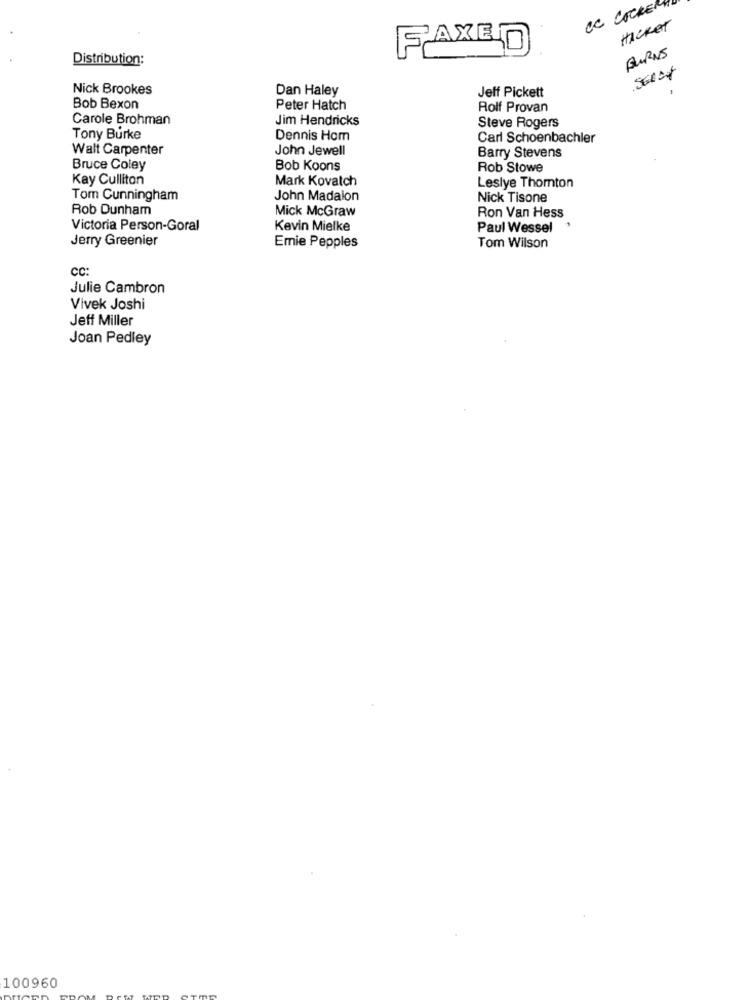
CC COCKER!
HACKET
FAXED
BURNS
Distribution:
Nick Brookes
Dan Haley
Jeff Pickett
Bob Bexon
Peter Hatch
Rolf Provan
Carole Brohman
Jim Hendricks
Steve Rogers
Tony Burke
Dennis Hom
Carl Schoenbachler
Walt Carpenter
John Jewell
Barry Stevens
Bruce Coley
Bob Koons
Rob Stowe
Kay Culliton
Mark Kovatch
Leslye Thomton
Tom Cunningham
John Madalon
Nick Tisone
Rob Dunham
Mick McGraw
Ron Van Hess
Victoria Person-Goral
Kevin Mielke
Paul Wessel
Jerry Greenier
Emie Pepples
Tom Wilson
CC:
Julie Cambron
Vivek Joshi
Jeff Miller
Joan Pedley
100960